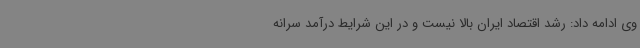
وی ادامه داد: رشد اقتصاد ایران بالا نیست و در این شرایط درآمد سرانه